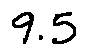
9 . 5